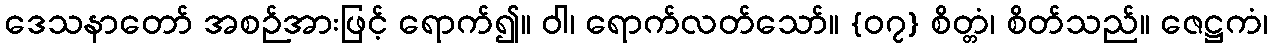
ဒေသနာတော် အစဉ်အားဖြင့် ရောက်၍။ ဝါ၊ ရောက်လတ်သော်။ {၀၇} စိတ္တံ၊ စိတ်သည်။ ဇေဋ္ဌကံ၊